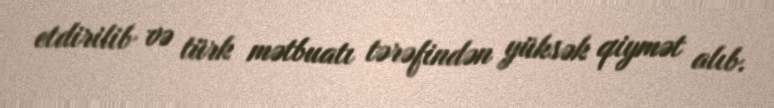
etdirilib və türk mətbuatı tərəfindən yüksək qiymət alıb.